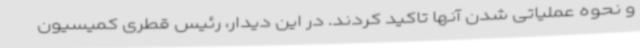
و نحوه عملیاتی شدن آنها تاکید کردند. در این دیدار، رئیس قطری کمیسیون